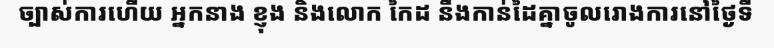
ច្បាស់ការហើយ អ្នកនាង ខ្ញុង និងលោក កៃដ នឹងកាន់ដៃគ្នាចូលរោងការនៅថ្ងៃទី